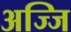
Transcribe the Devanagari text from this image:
अज्जि